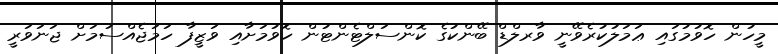
މީހުން ހޮވުމުގައި ޢަމަލުކުރެވޭނީ ވާރލްޑް ބޭންކުގެ ކޮންސަލްޓެންޓުން ހޮވުމަށާއި ވަޒީފާ ހަމަޖެއްސުމަށް ޖަނަވަރީ